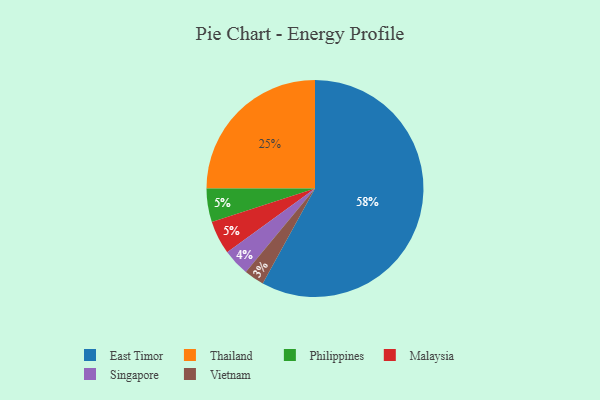
{"axis": {"x": "Category", "y": "Percentage"}, "legend": ["East Timor", "Malaysia", "Philippines", "Singapore", "Thailand", "Vietnam"], "data": [{"x": "Singapore", "y": 4, "type": "Singapore"}, {"x": "Philippines", "y": 5, "type": "Philippines"}, {"x": "East Timor", "y": 58, "type": "East Timor"}, {"x": "Malaysia", "y": 5, "type": "Malaysia"}, {"x": "Thailand", "y": 25, "type": "Thailand"}, {"x": "Vietnam", "y": 3, "type": "Vietnam"}]}